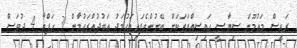
ރައީސް މައުމޫން ސިޔާސީ ހައިސިއްޔަތަކަށް ބޭނުންވެފައިއަޙުމަދު އަބުދުއްރަޙުމާން 3 ހަފްތާ 4 ދުވަސް